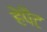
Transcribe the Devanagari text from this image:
हेपैट